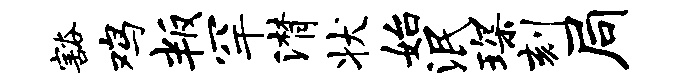
豁鸡叛罕潸状始泯琛刻局